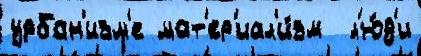
урбан'изм'е мат'ер'иал'и́зм  л'ю́д'и